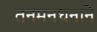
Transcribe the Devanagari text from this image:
तनमनधनाने